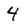
Character: 4